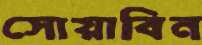
সোয়াবিন